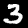
Digit: 3